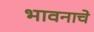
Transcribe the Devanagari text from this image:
भावनाचे